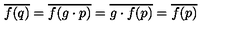
\overline { { f ( q ) } } = \overline { { f ( g \cdot p ) } } = \overline { { g \cdot f ( p ) } } = \overline { { f ( p ) } }